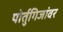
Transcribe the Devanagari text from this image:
पोर्तुगिजांवर